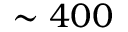
\sim 4 0 0